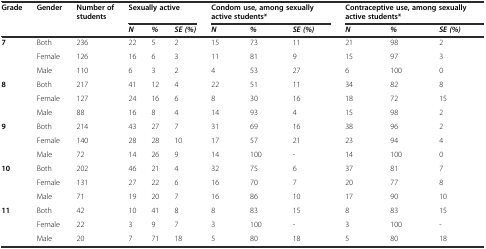
| <ROWSPAN=2> Grade | <ROWSPAN=2> Gender | <ROWSPAN=2> Number of students | <COLSPAN=3> Sexually active | <COLSPAN=3> Condom use, among sexually active students* | <COLSPAN=3> Contraceptive use, among sexually active students* |
 | N | % | SE (%) | N | % | SE (%) | N | % | SE (%) |
 | --- | --- | --- | --- | --- | --- | --- | --- | --- | --- | --- | --- |
 | <ROWSPAN=3> 7 | Both | 236 | 22 | 5 | 2 | 15 | 73 | 11 | 21 | 98 | 2 |
 | Female | 126 | 16 | 6 | 3 | 11 | 81 | 9 | 15 | 97 | 3 |
 | Male | 110 | 6 | 3 | 2 | 4 | 53 | 27 | 6 | 100 | 0 |
 | <ROWSPAN=3> 8 | Both | 217 | 41 | 12 | 4 | 22 | 51 | 11 | 34 | 82 | 8 |
 | Female | 127 | 24 | 16 | 6 | 8 | 30 | 16 | 18 | 72 | 15 |
 | Male | 88 | 16 | 8 | 4 | 14 | 93 | 4 | 15 | 98 | 2 |
 | <ROWSPAN=3> 9 | Both | 214 | 43 | 27 | 7 | 31 | 69 | 16 | 38 | 96 | 2 |
 | Female | 140 | 28 | 28 | 10 | 17 | 57 | 21 | 23 | 94 | 4 |
 | Male | 72 | 14 | 26 | 9 | 14 | 100 | - | 14 | 100 | 0 |
 | <ROWSPAN=3> 10 | Both | 202 | 46 | 21 | 4 | 32 | 75 | 6 | 37 | 81 | 7 |
 | Female | 131 | 27 | 22 | 6 | 16 | 70 | 7 | 20 | 77 | 8 |
 | Male | 71 | 19 | 20 | 7 | 16 | 86 | 10 | 17 | 90 | 10 |
 | <ROWSPAN=3> 11 | Both | 42 | 10 | 41 | 8 | 8 | 83 | 15 | 8 | 83 | 15 |
 | Female | 22 | 3 | 9 | 7 | 3 | 100 | - | 3 | 100 | - |
 | Male | 20 | 7 | 71 | 18 | 5 | 80 | 18 | 5 | 80 | 18 |